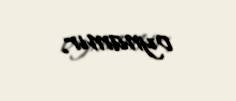
oynamır.